Rangoon Lunatic Asylum 1898-1906 - 1898-1906
Year: 1898
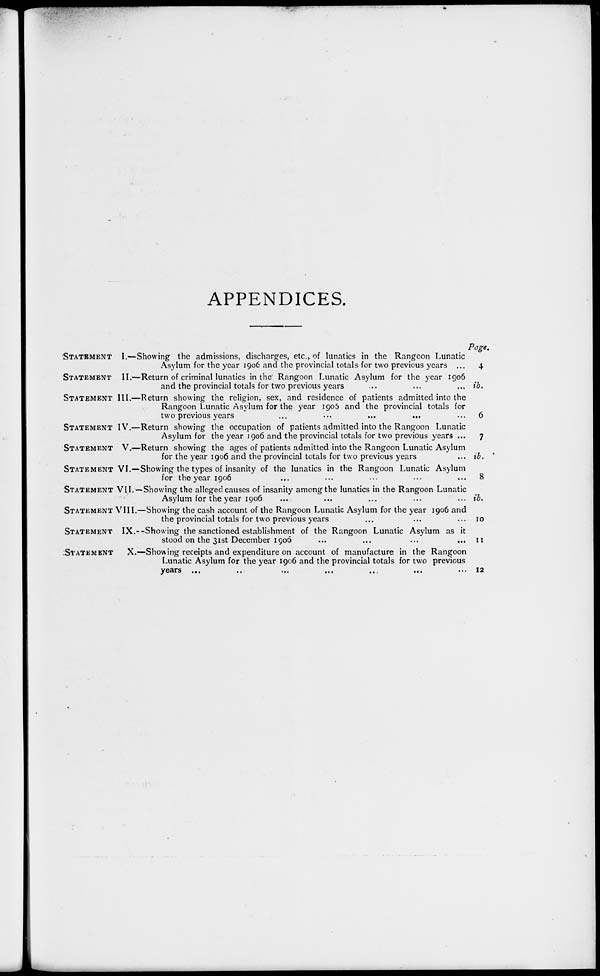
APPENDICES.
STATEMENT
STATEMENT
STATEMENT
STATEMENT
STATEMENT
STATEMENT
STATEMENT
STATEMENT
STATEMENT
STATEMENT
I.—Showing the admissions, discharges, etc., of lunatics in the Rangoon Lunatic
Asylum for the year 1906 and the provincial totals for two previous years ...
II.—Return of criminal lunatics in the Rangoon Lunatic Asylum for the year 1906
and the provincial totals for two previous years ... ... ...
III.—Return showing the religion, sex, and residence of patients admitted into the
Rangoon Lunatic Asylum for the year 1906 and the provincial totals for
two previous years
...
...
...
...
IV.—Return showing the occupation of patients admitted into the Rangoon Lunatic
Asylum for the year 1906 and the provincial totals for two previous years ...
V.—Return showing the ages of patients admitted into the Rangoon Lunatic Asylum
for the year 1906 and the provincial totals for two previous years
VI.—Showing the types of insanity of the lunatics in the Rangoon Lunatic Asylum
for the year 1906 ... ... ... ... ...
VII. — Showing the alleged causes of insanity among the lunatics in the Rangoon Lunatic
Asylum for the year 1906 ... ... ... ... ...
VIII.—Showing the cash account of the Rangoon Lunatic Asylum for the year 1906 and
the provincial totals for two previous years ... ... ...
IX.—Showing the sanctioned establishment of the Rangoon Lunatic Asylum as it
stood on the 31st December 1906 ... ... ...
X.—Showing receipts and expenditure on account of manufacture in the Rangoon
Lunatic Asylum for the year 1906 and the provincial totals for two previous
years
...
...
...
...
...
...
...
Page.
4
ib.
6
7
ib.
8
ib.
10
11
12